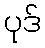
ပုဒ်